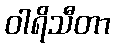
ဝါရိသီတာ